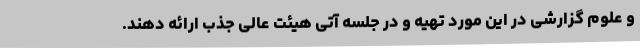
و علوم گزارشی در این مورد تهیه و در جلسه آتی هیئت عالی جذب ارائه دهند.